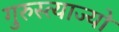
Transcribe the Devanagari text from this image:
गुरुस्त्याज्यो